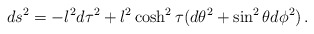
\begin{align*}ds^2 = -l^2d\tau^2 + l^2\cosh^2\tau (d\theta^2 + \sin^2\theta d\phi^2)\,. \end{align*}